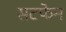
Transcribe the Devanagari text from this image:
सटफेन